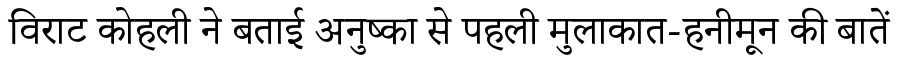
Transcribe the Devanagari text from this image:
विराट कोहली ने बताई अनुष्का से पहली मुलाकात-हनीमून की बातें